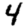
Digit: 4